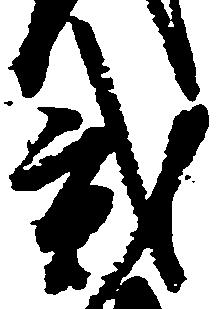
弐